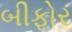
બીફોર